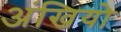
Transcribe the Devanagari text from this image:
अंखियो